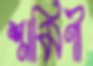
শ্রমিণী